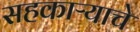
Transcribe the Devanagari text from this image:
सहकाऱ्याचे